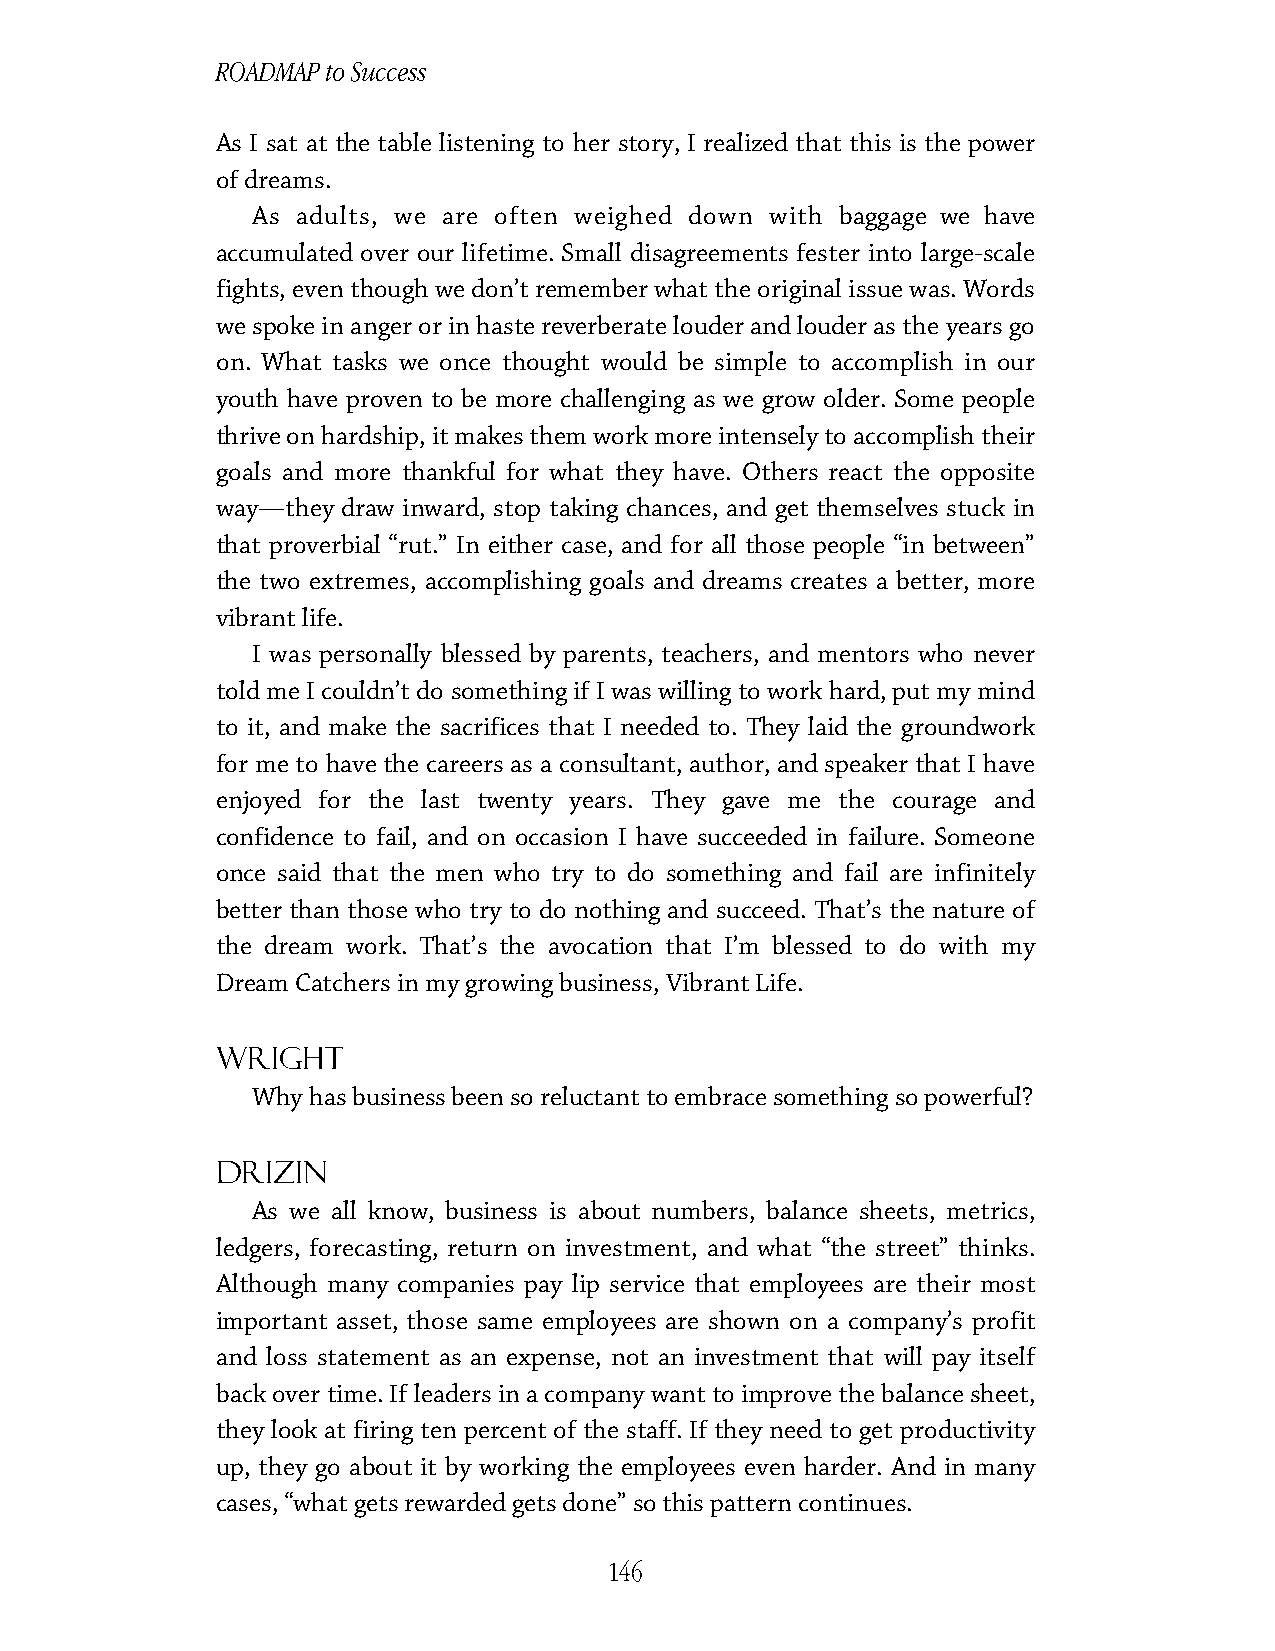
ROADMAP to Success
 As I sat at the table listening to her story, I realized that this is the power
 of dreams.
 As adults, we are often weighed down with baggage we have
 accumulated over our lifetime. Small disagreements fester into large-scale
 fights, even though we don’t remember what the original issue was. Words
 we spoke in anger or in haste reverberate louder and louder as the years go
 on. What tasks we once thought would be simple to accomplish in our
 youth have proven to be more challenging as we grow older. Some people
 thrive on hardship, it makes them work more intensely to accomplish their
 goals and more thankful for what they have. Others react the opposite
 way—they draw inward, stop taking chances, and get themselves stuck in
 that proverbial “rut.” In either case, and for all those people “in between”
 the two extremes, accomplishing goals and dreams creates a better, more
 vibrant life.
 I was personally blessed by parents, teachers, and mentors who never
 told me I couldn’t do something if I was willing to work hard, put my mind
 to it, and make the sacrifices that I needed to. They laid the groundwork
 for me to have the careers as a consultant, author, and speaker that I have
 enjoyed for the last twenty years. They gave me the courage and
 confidence to fail, and on occasion I have succeeded in failure. Someone
 once said that the men who try to do something and fail are infinitely
 better than those who try to do nothing and succeed. That’s the nature of
 the dream work. That’s the avocation that I’m blessed to do with my
 Dream Catchers in my growing business, Vibrant Life.
 Wright
 Why has business been so reluctant to embrace something so powerful?
 Drizin
 As we all know, business is about numbers, balance sheets, metrics,
 ledgers, forecasting, return on investment, and what “the street” thinks.
 Although many companies pay lip service that employees are their most
 important asset, those same employees are shown on a company’s profit
 and loss statement as an expense, not an investment that will pay itself
 back over time. If leaders in a company want to improve the balance sheet,
 they look at firing ten percent of the staff. If they need to get productivity
 up, they go about it by working the employees even harder. And in many
 cases, “what gets rewarded gets done” so this pattern continues.
 146